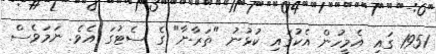
1951 ގައި އެމީހުން އެކުގައި ކުޅުނު "ތަރާނާ" ގެ ސެޓުގަ އެވެ. ނަމަވެސް